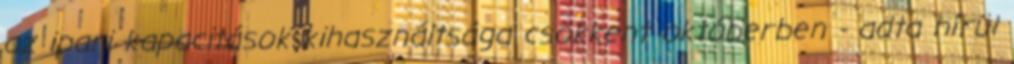
az ipari kapacitások kihasználtsága csökkent októberben - adta hírül